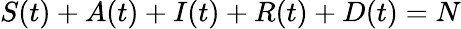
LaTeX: S(t)+A(t)+I(t)+R(t)+D(t)=N